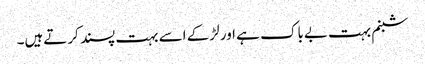
شبنم بہت بےباک ہے اور لڑکے اسے بہت پسند کرتےہیں۔